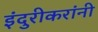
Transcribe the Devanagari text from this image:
इंदुरीकरांनी